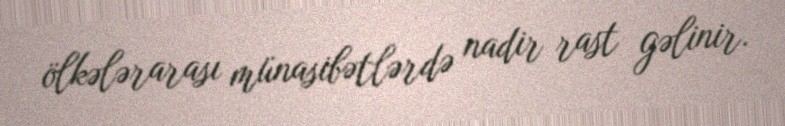
ölkələrarası münasibətlərdə nadir rast gəlinir.